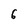
Character: 6